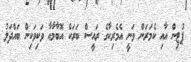
ޕުޓިން އާއި ކެމަރަން ވަނީ އެމެރިކާގެ ރައީސް ބަރަކް އޮބާމާއާ ވަކިވަކިން ބައްދަލު